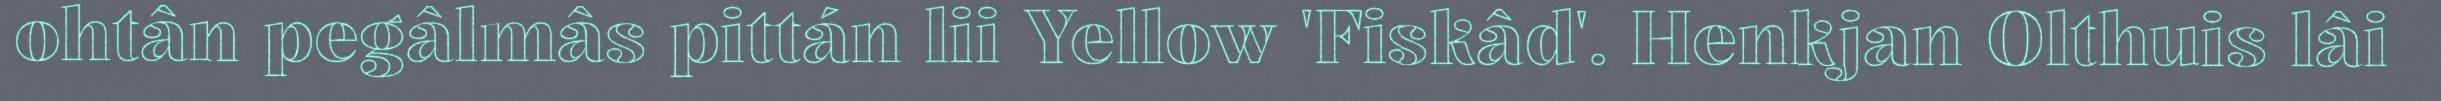
ohtân pegâlmâs pittán lii Yellow 'Fiskâd'. Henkjan Olthuis lâi